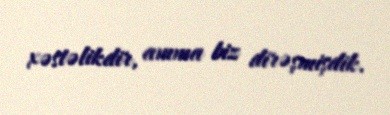
xəstəlikdir, amma biz dirəşmişdik.